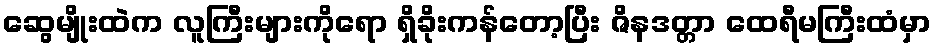
ဆွေမျိုးထဲက လူကြီးများကိုရော ရှိခိုးကန်တော့ပြီး ဇိနဒတ္တာ ထေရီမကြီးထံမှာ